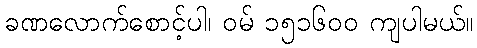
ခဏလောက်စောင့်ပါ၊ ဝမ် ၁၅၁၆၀၀ ကျပါမယ်။